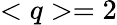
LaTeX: <q>=2